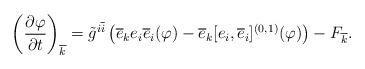
LaTeX: \begin{align*}\left(\frac{\partial\varphi}{\partial t}\right)_{\overline{k}}=\tilde{g}^{i\overline{i}}\left(\overline{e}_{k}e_{i}\overline{e}_{i}(\varphi)-\overline{e}_{k}[e_{i},\overline{e}_{i}]^{(0,1)}(\varphi)\right)-F_{\overline{k}}.\end{align*}